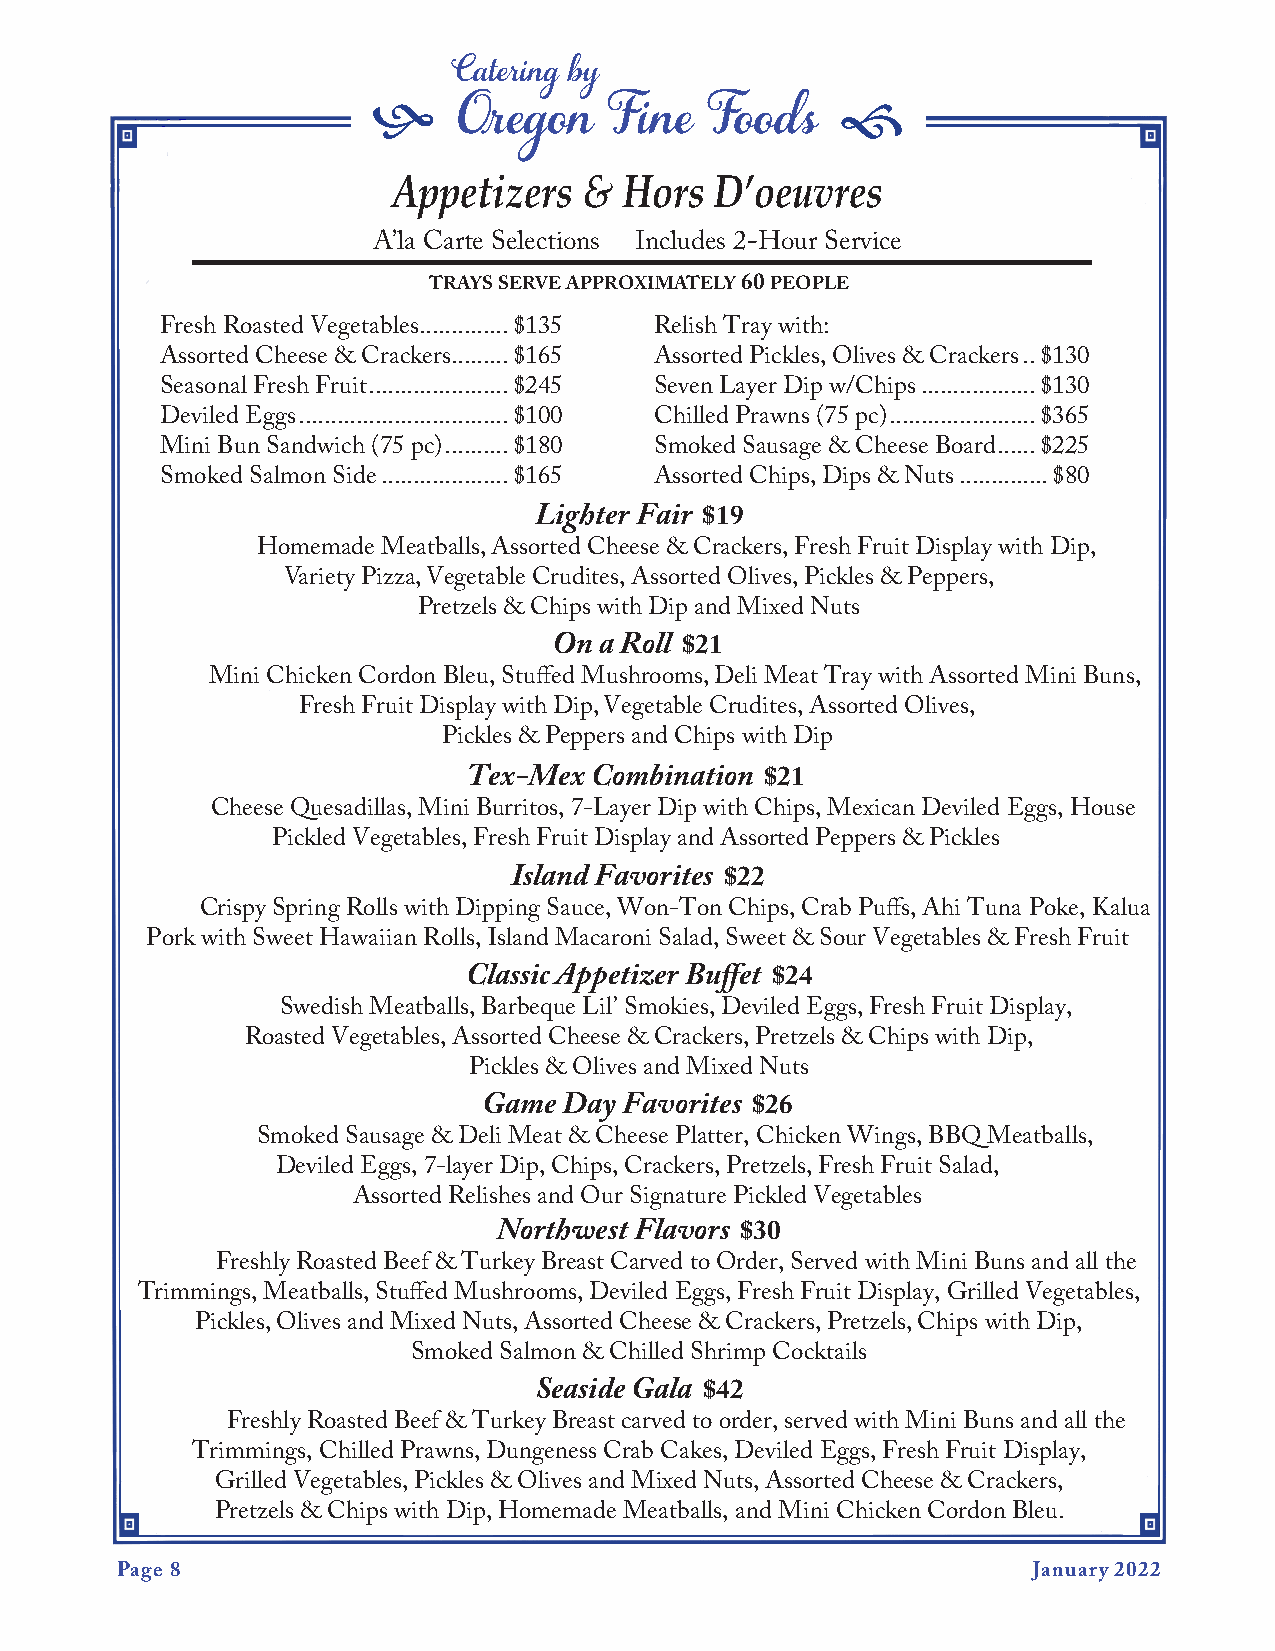
f                              f
 Catering by
 AppO etr izeg ero sn
 &
 F Hin ore
 s
 F Do ’o od eus
 vres
 A’la Carte Selections Includes 2-Hour Service
 trays serve approximately 60 people
 Fresh Roasted Vegetables ..............$135 Relish Tray with:
 Assorted Cheese & Crackers .........$165 Assorted Pickles, Olives & Crackers ..$130
 Seasonal Fresh Fruit ......................$245 Seven Layer Dip w/Chips ..................$130
 Deviled Eggs .................................$100 Chilled Prawns (75 pc) .......................$365
 Mini Bun Sandwich (75 pc) ..........$180 Smoked Sausage & Cheese Board ......$225
 Smoked Salmon Side ....................$165 Assorted Chips, Dips & Nuts ..............$80
 Lighter Fair $19
 Homemade Meatballs, Assorted Cheese & Crackers, Fresh Fruit Display with Dip,
 Variety Pizza, Vegetable Crudites, Assorted Olives, Pickles & Peppers,
 Pretzels & Chips with Dip and Mixed Nuts
 On a Roll $21
 Mini Chicken Cordon Bleu, Stuffed Mushrooms, Deli Meat Tray with Assorted Mini Buns,
 Fresh Fruit Display with Dip, Vegetable Crudites, Assorted Olives,
 Pickles & Peppers and Chips with Dip
 Tex-Mex Combination $21
 Cheese Quesadillas, Mini Burritos, 7-Layer Dip with Chips, Mexican Deviled Eggs, House
 Pickled Vegetables, Fresh Fruit Display and Assorted Peppers & Pickles
 Island Favorites $22
 Crispy Spring Rolls with Dipping Sauce, Won-Ton Chips, Crab Puffs, Ahi Tuna Poke, Kalua
 Pork with Sweet Hawaiian Rolls, Island Macaroni Salad, Sweet & Sour Vegetables & Fresh Fruit
 Classic Appetizer Buffet $24
 Swedish Meatballs, Barbeque Lil’ Smokies, Deviled Eggs, Fresh Fruit Display,
 Roasted Vegetables, Assorted Cheese & Crackers, Pretzels & Chips with Dip,
 Pickles & Olives and Mixed Nuts
 Game Day Favorites $26
 Smoked Sausage & Deli Meat & Cheese Platter, Chicken Wings, BBQ Meatballs,
 Deviled Eggs, 7-layer Dip, Chips, Crackers, Pretzels, Fresh Fruit Salad,
 Assorted Relishes and Our Signature Pickled Vegetables
 Northwest Flavors $30
 Freshly Roasted Beef & Turkey Breast Carved to Order, Served with Mini Buns and all the
 Trimmings, Meatballs, Stuffed Mushrooms, Deviled Eggs, Fresh Fruit Display, Grilled Vegetables,
 Pickles, Olives and Mixed Nuts, Assorted Cheese & Crackers, Pretzels, Chips with Dip,
 Smoked Salmon & Chilled Shrimp Cocktails
 Seaside Gala $42
 Freshly Roasted Beef & Turkey Breast carved to order, served with Mini Buns and all the
 Trimmings, Chilled Prawns, Dungeness Crab Cakes, Deviled Eggs, Fresh Fruit Display,
 Grilled Vegetables, Pickles & Olives and Mixed Nuts, Assorted Cheese & Crackers,
 Pretzels & Chips with Dip, Homemade Meatballs, and Mini Chicken Cordon Bleu.
 Page 8                                                      January 2022